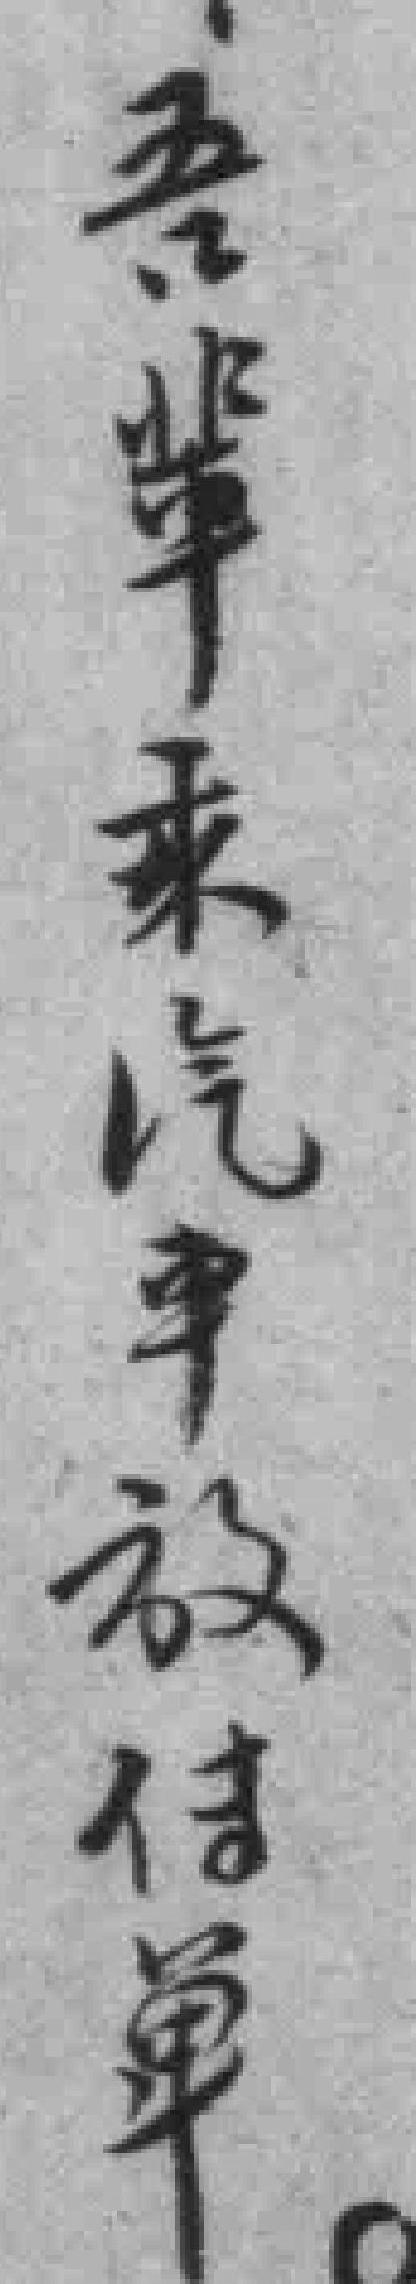
吾輩乘汽車放传单